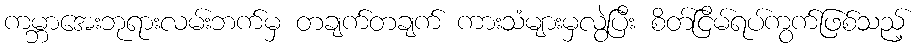
ကမ္ဘာအေးဘုရားလမ်းဘက်မှ တချက်တချက် ကားသံများမှလွဲပြီး စိတ်ငြိမ်ရပ်ကွက်ဖြစ်သည့်